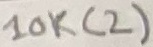
Text: 10K(2)